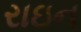
રાઇન